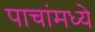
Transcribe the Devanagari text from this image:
पाचांमध्ये